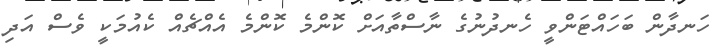
ހަނދާން ބަހައްޓަންވީ ހެނދުނުގެ ނާސްތާއަށް ކޮންމެ ކޮންމެ އެއްޗެއް ކެއުމަކީ ވެސް އަދި